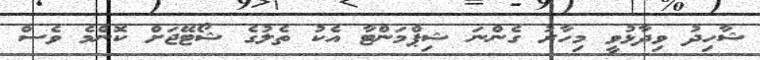
ޝާހިދު ވިދާޅުވީ މިހާރު ގެންނަ ޝިޕްމަންޓާ އެކު ތެލުގެ ޝޯޓޭޖަށް ކޮންމެ ވެސް